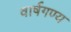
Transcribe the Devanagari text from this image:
वार्षगण्य